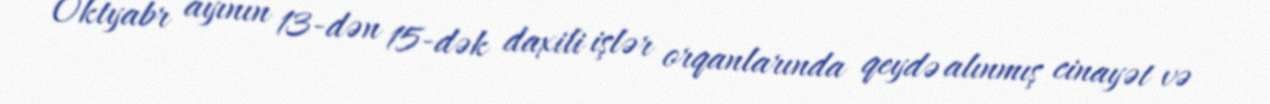
Oktyabr ayının 13-dən 15-dək daxili işlər orqanlarında qeydə alınmış cinayət və